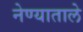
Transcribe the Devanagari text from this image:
नेण्याताले